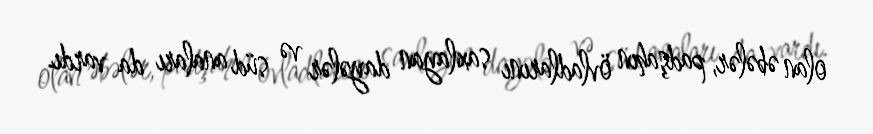
olan əbələr, padşahın övladlarını saxlayan dayələr və süd anaları da vardı.